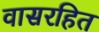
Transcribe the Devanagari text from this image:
वासरहित